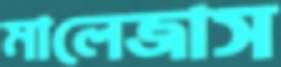
মালেজাস